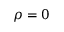
\rho = 0